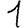
Digit: 1